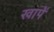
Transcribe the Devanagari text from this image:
खापें